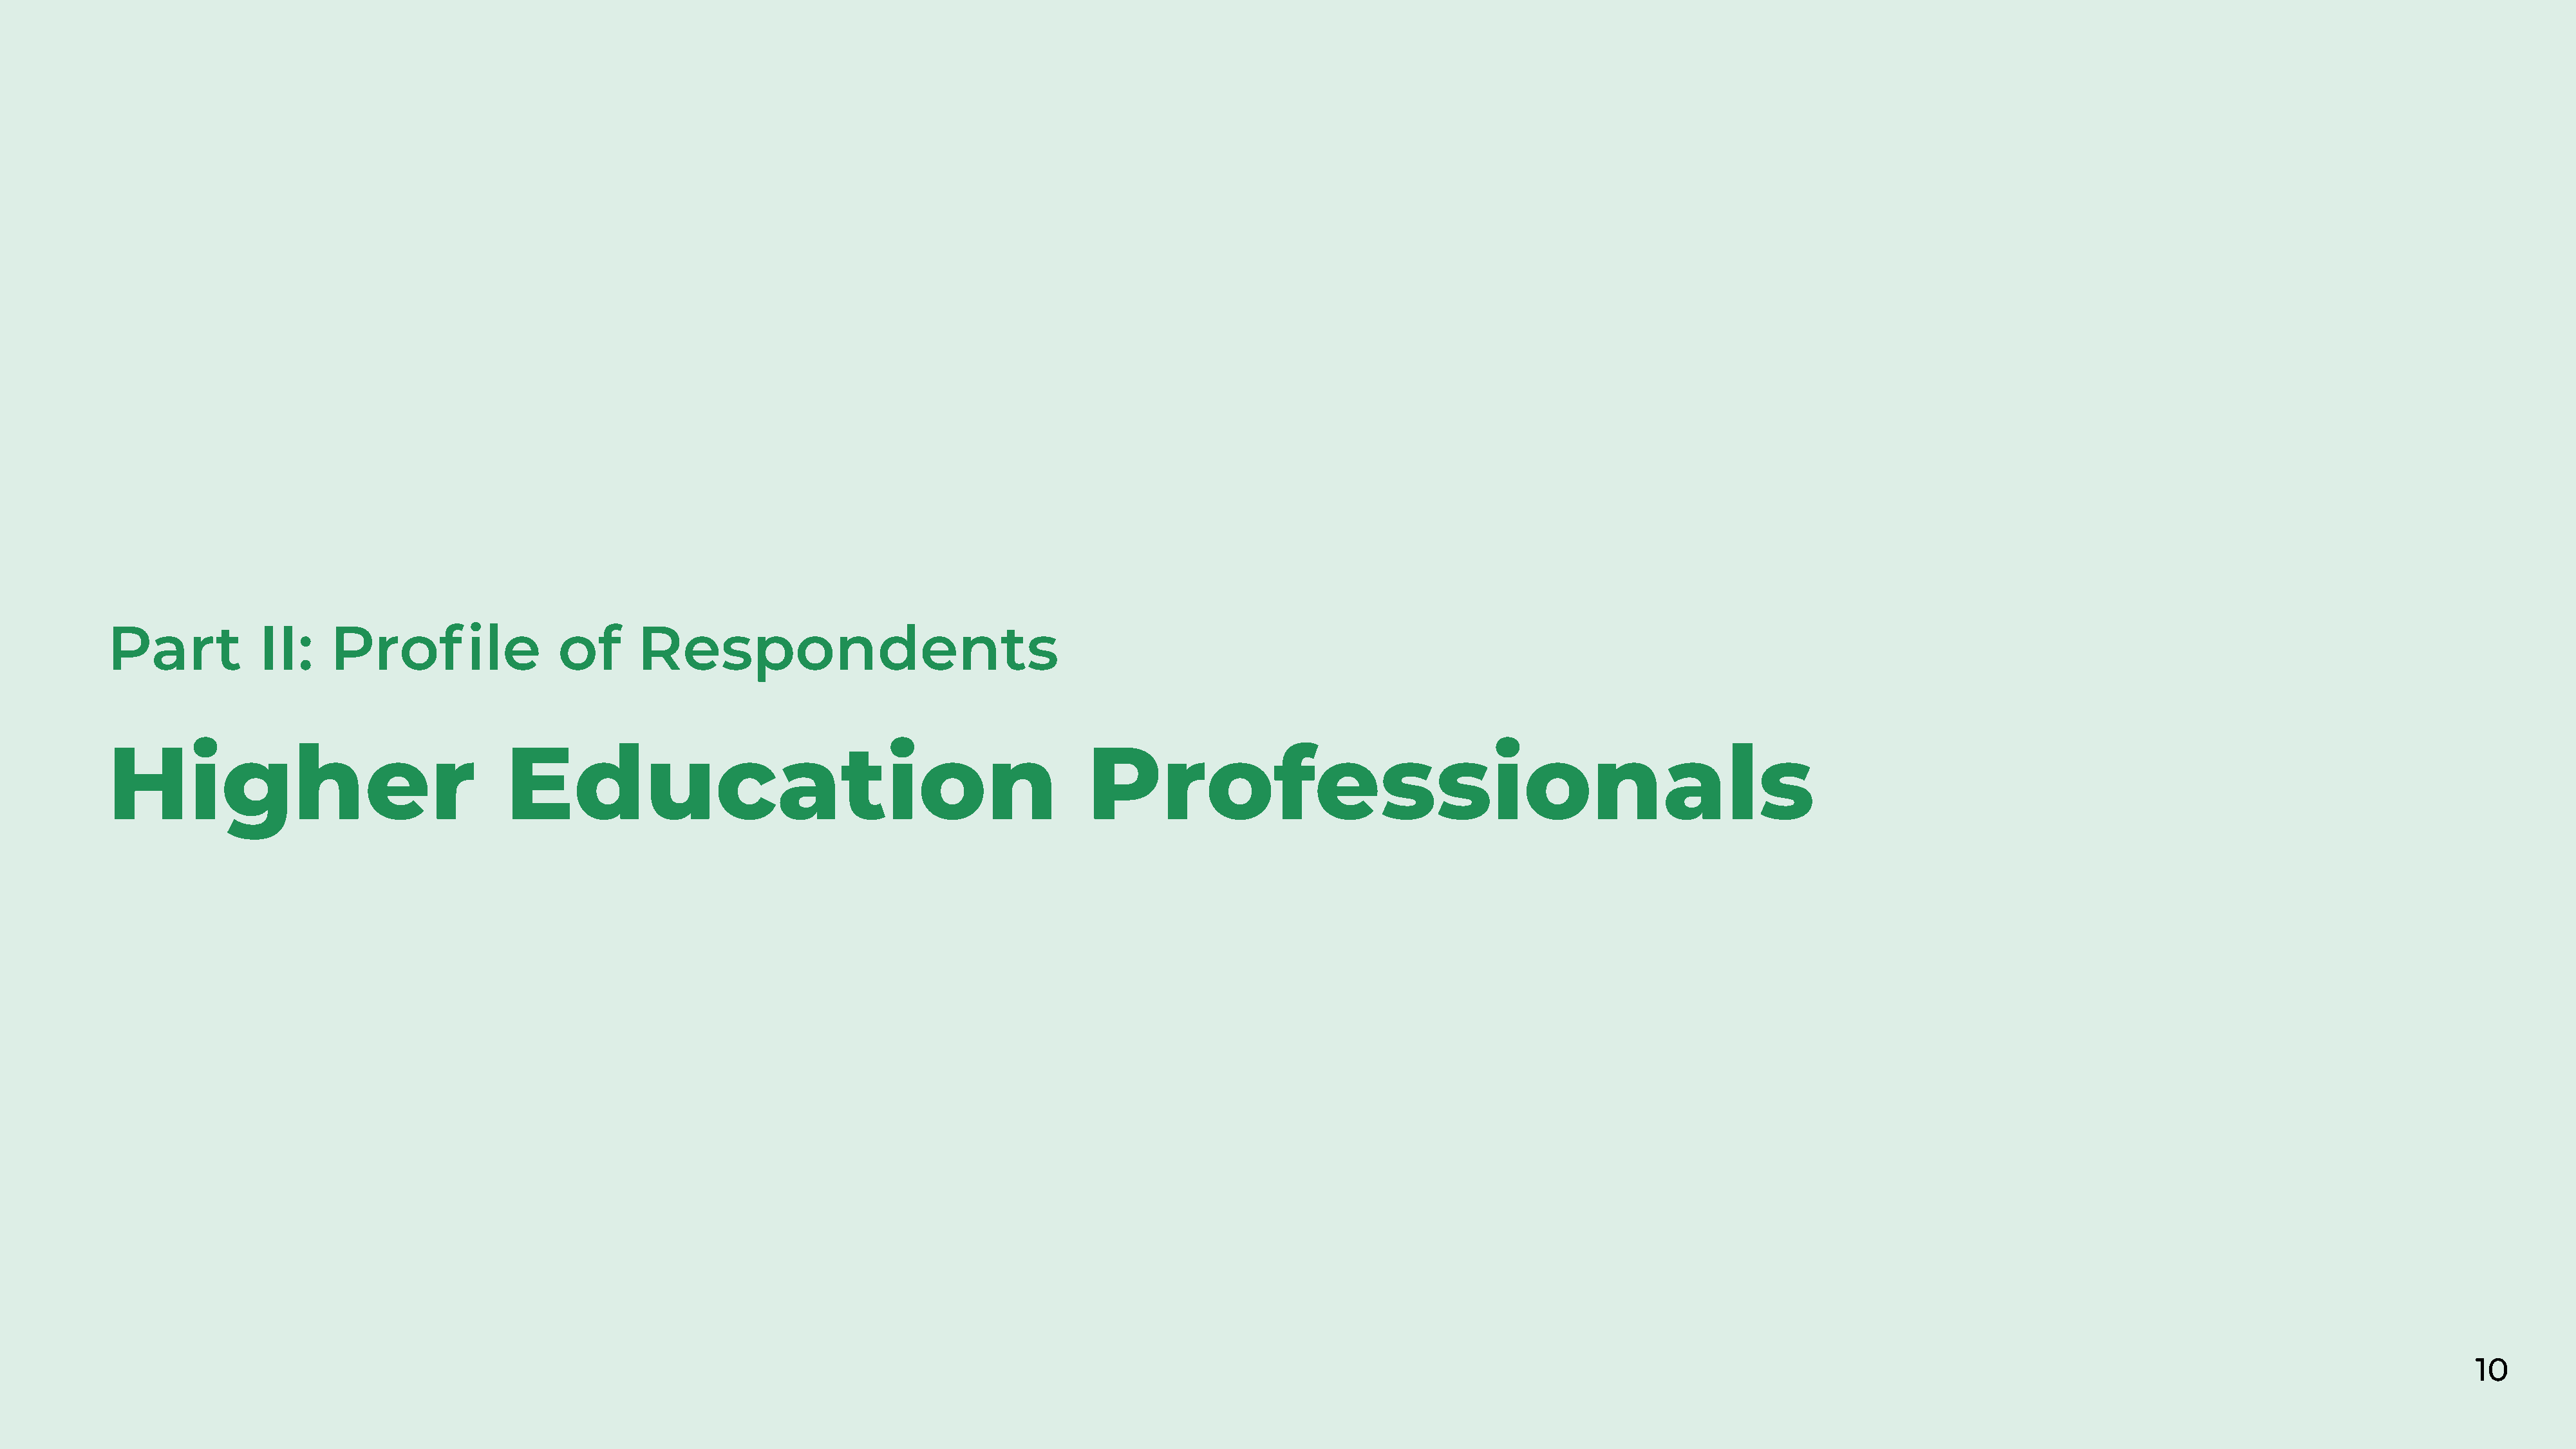
Part            II:    Profile                of       Respondents
 Higher                                   Education                                                   Professionals
 10